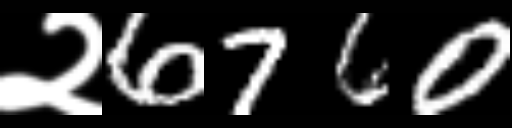
Text: २6760